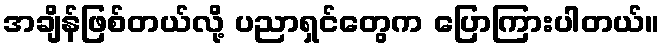
အချိန်ဖြစ်တယ်လို့ ပညာရှင်တွေက ပြောကြားပါတယ်။